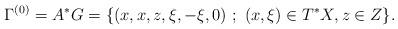
LaTeX: \begin{align*} \Gamma^{(0)}=A^*G = \{ (x,x,z,\xi,-\xi,0)\ ;\ (x,\xi)\in T^*X, z\in Z\}.\end{align*}